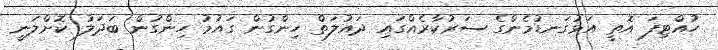
ހުއްޓިފަ އޮތީ އަޅުގަނޑުމެންގެ ސަރުކާރެއްގައި ދައުލަތް ހިންގުން ގައުމު ހިންގުން ބަދަލު ކޮށްލަނީ